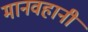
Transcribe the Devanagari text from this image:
मानवहानी